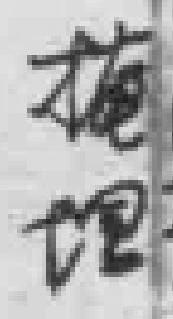
掩地